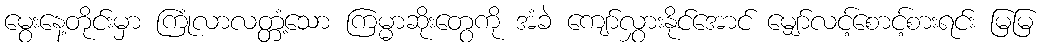
မွေးနေ့တိုင်းမှာ ကြုံလာလတ္တံ့သော ကြမ္မာဆိုးတွေကို အံခဲ ကျော်လွှားနိုင်အောင် မျှော်လင့်စောင့်စားရင်း မြမြ